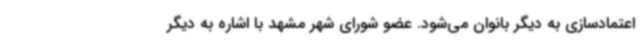
اعتمادسازی به دیگر بانوان می‌شود. عضو شورای شهر مشهد با اشاره به دیگر